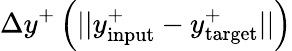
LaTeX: \Delta y^{+}\left(||y_{\mathrm{input}}^{+}-y_{\mathrm{target}}^{+}||\right)